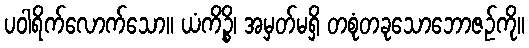
ပဝါရိက်လောက်သော။ ယံကိဉ္စိ၊ အမှတ်မရှိ တစုံတခုသောဘောဇဉ်ကို။